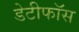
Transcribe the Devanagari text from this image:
डेटीफाॅस